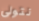
نتولى